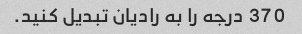
370 درجه را به رادیان تبدیل کنید.